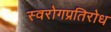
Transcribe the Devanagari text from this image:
स्वरोगप्रतिरोध